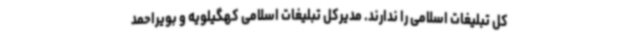
کل تبلیغات اسلامی را ندارند. مدیرکل تبلیغات اسلامی کهگیلویه و بویراحمد